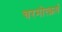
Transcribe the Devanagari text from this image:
चरमोत्क्रर्ष